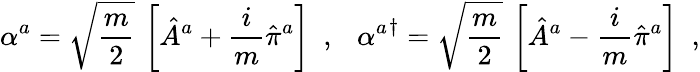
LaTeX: \alpha^{a}=\sqrt{\frac{m}{2}}\, \left[\hat{A}^{a}+\frac{i}{m}\hat{\pi}^{a}\right]\ \ ,\ \ \ {\alpha^{a}}^{\dagger}=\sqrt{\frac{m}{2}}\, \left[\hat{A}^{a}-\frac{i}{m}\hat{\pi}^{a}\right]\ \ ,